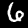
Label: 6